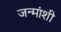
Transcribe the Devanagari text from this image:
जन्मांशी